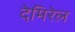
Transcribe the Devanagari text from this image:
देमिरेल